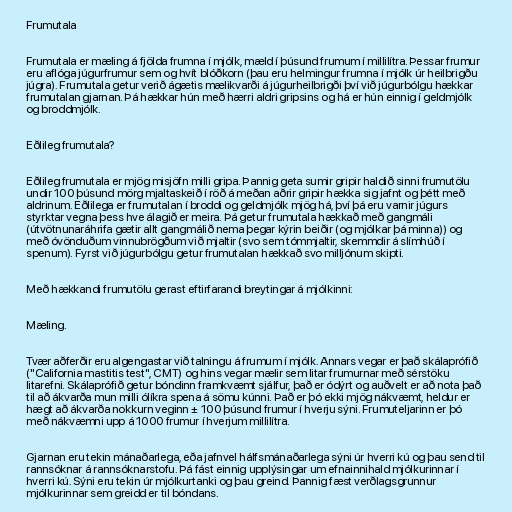
Frumutala

Frumutala er mæling á fjölda frumna í mjólk, mæld í þúsund frumum í millilítra. Þessar frumur
eru aflóga júgurfrumur sem og hvít blóðkorn (þau eru helmingur frumna í mjólk úr heilbrigðu
júgra). Frumutala getur verið ágætis mælikvarði á júgurheilbrigði því við júgurbólgu hækkar
frumutalan gjarnan. Þá hækkar hún með hærri aldri gripsins og há er hún einnig í geldmjólk
og broddmjólk.

Eðlileg frumutala?

Eðlileg frumutala er mjög misjöfn milli gripa. Þannig geta sumir gripir haldið sinni frumutölu
undir 100 þúsund mörg mjaltaskeið í röð á meðan aðrir gripir hækka sig jafnt og þétt með
aldrinum. Eðlilega er frumutalan í broddi og geldmjólk mjög há, því þá eru varnir júgurs
styrktar vegna þess hve álagið er meira. Þá getur frumutala hækkað með gangmáli
(útvötnunaráhrifa gætir allt gangmálið nema þegar kýrin beiðir (og mjólkar þá minna)) og
með óvönduðum vinnubrögðum við mjaltir (svo sem tómmjaltir, skemmdir á slímhúð í
spenum). Fyrst við júgurbólgu getur frumutalan hækkað svo milljónum skipti.

Með hækkandi frumutölu gerast eftirfarandi breytingar á mjólkinni:

Mæling.

Tvær aðferðir eru algengastar við talningu á frumum í mjólk. Annars vegar er það skálaprófið
("California mastitis test", CMT) og hins vegar mælir sem litar frumurnar með sérstöku
litarefni. Skálaprófið getur bóndinn framkvæmt sjálfur, það er ódýrt og auðvelt er að nota það
til að ákvarða mun milli ólíkra spena á sömu kúnni. Það er þó ekki mjög nákvæmt, heldur er
hægt að ákvarða nokkurn veginn ± 100 þúsund frumur í hverju sýni. Frumuteljarinn er þó
með nákvæmni upp á 1000 frumur í hverjum millilítra.

Gjarnan eru tekin mánaðarlega, eða jafnvel hálfsmánaðarlega sýni úr hverri kú og þau send til
rannsóknar á rannsóknarstofu. Þá fást einnig upplýsingar um efnainnihald mjólkurinnar í
hverri kú. Sýni eru tekin úr mjólkurtanki og þau greind. Þannig fæst verðlagsgrunnur
mjólkurinnar sem greidd er til bóndans.